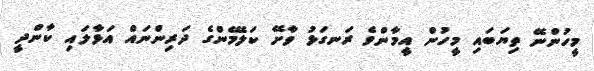
މީހުންނޭ ތިޔަބައި މީހުން އީމާންވެ ރަނގަޅު ވާށޭ ކަލޭމެންގެ ދަރިންނައް އަޅާލައި ކާންދީ